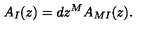
A _ { I } ( z ) = d z ^ { M } A _ { M I } ( z ) .